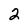
Character: 2